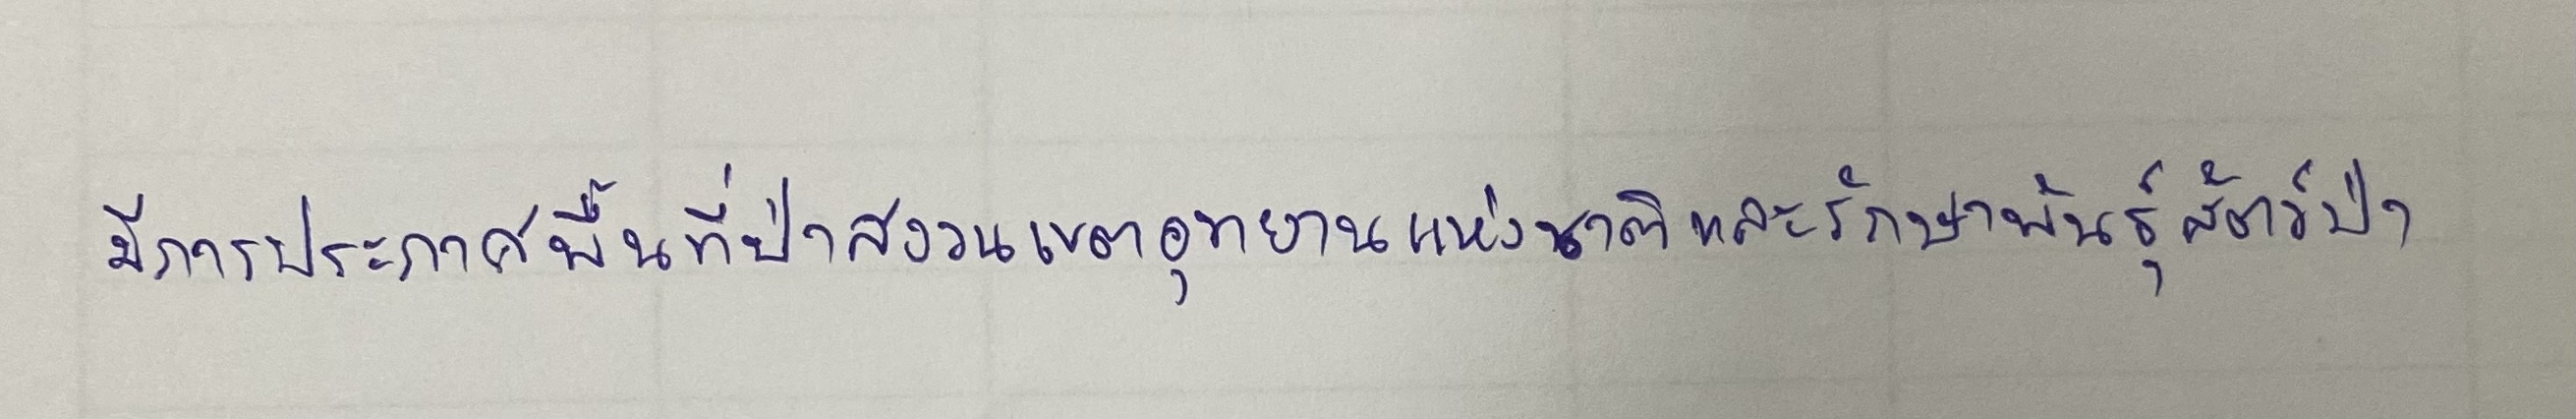
มีการประกาศพื้นที่ป่าสงวนเขตอุทยานแห่งชาติและเขตรักษาพันธุ์สัตว์ป่า